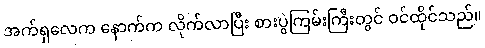
အက်ရှလေက နောက်က လိုက်လာပြီး စားပွဲကြမ်းကြီးတွင် ဝင်ထိုင်သည်။